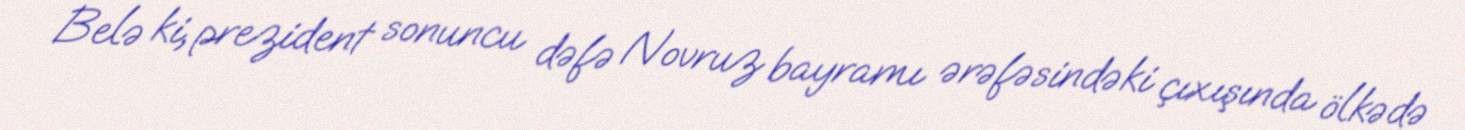
Belə ki, prezident sonuncu dəfə Novruz bayramı ərəfəsindəki çıxışında ölkədə